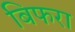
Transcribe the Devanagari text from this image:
बिफरा